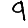
Digit: 9